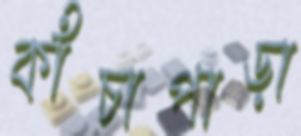
কাঁচাপাড়া